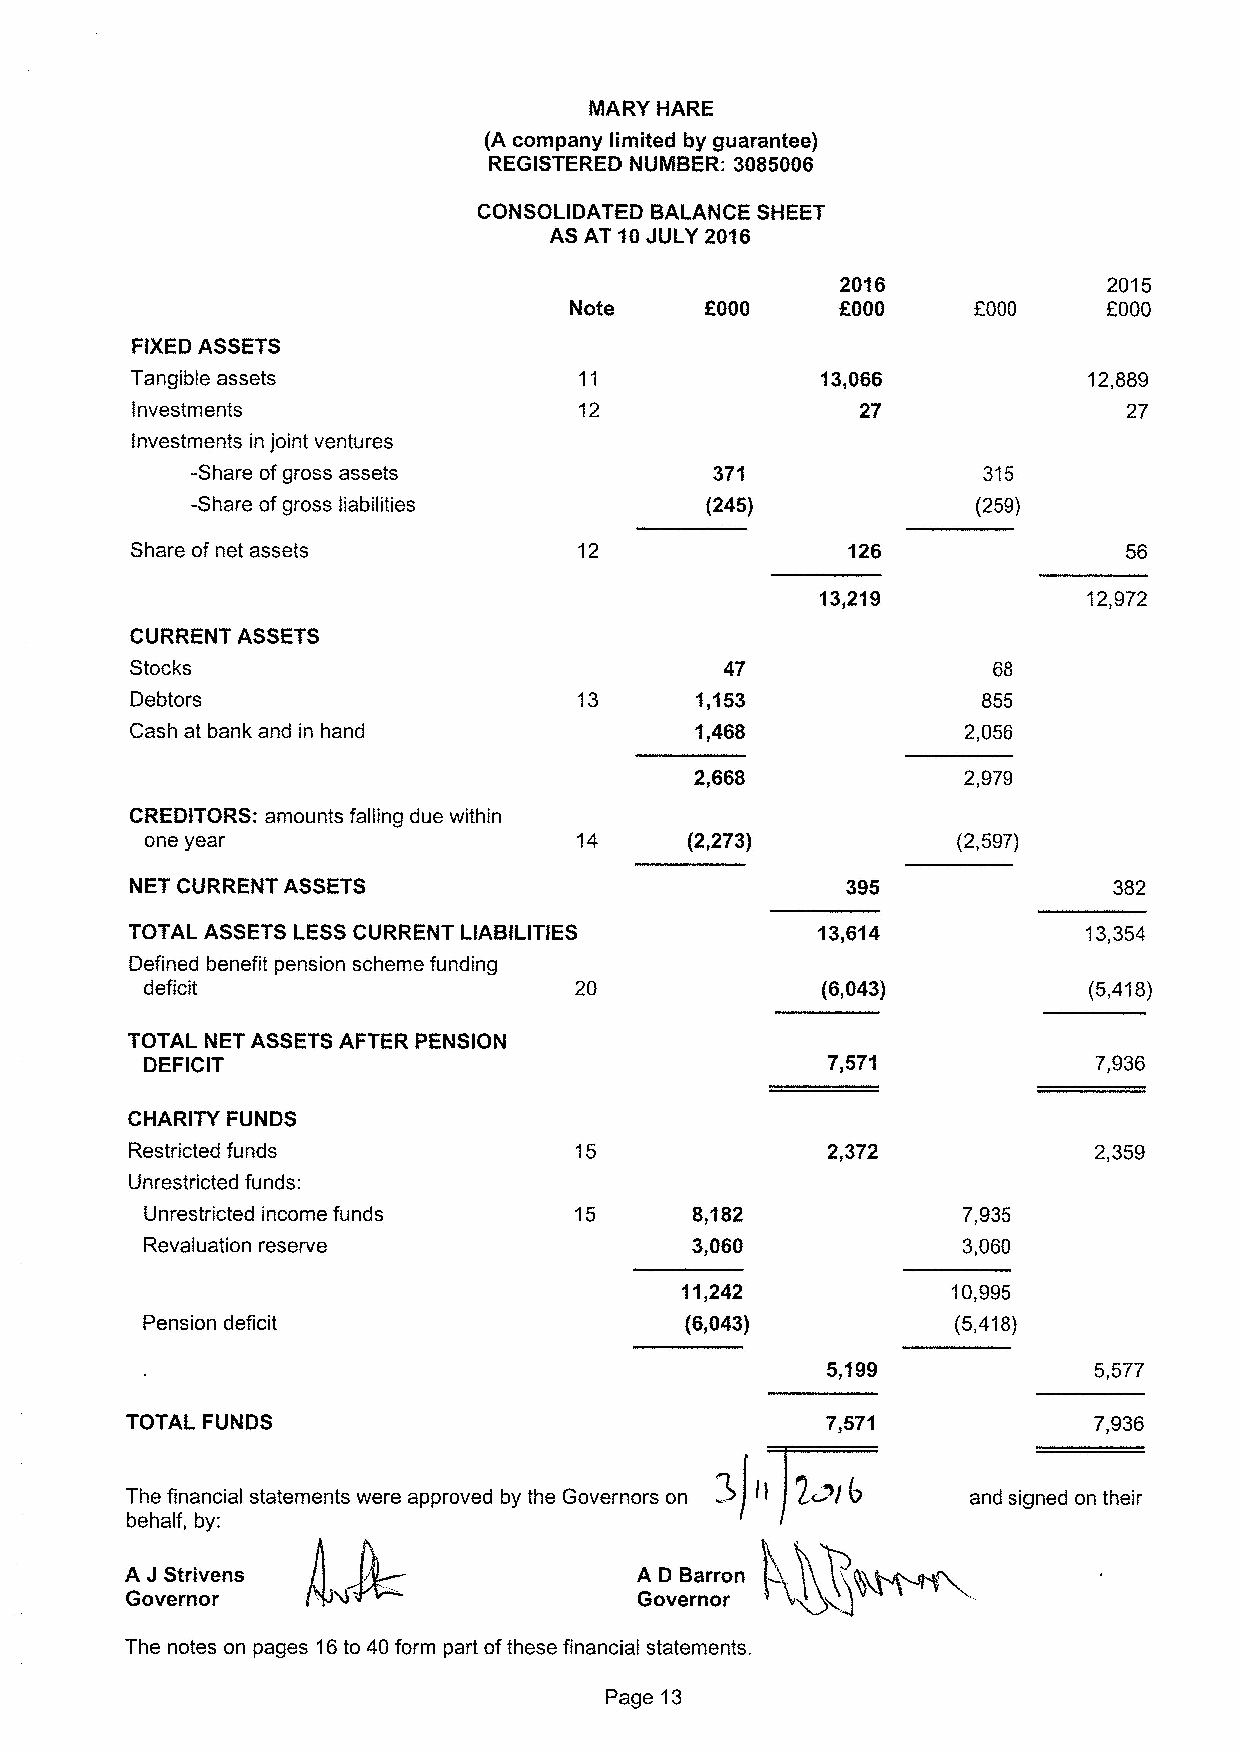
MARY HARE
 (A company limited by guarantee)
 REGISTERED NUMBER: 3085006
 CONSOLIDATED BALANCE SHEET
 AS AT 10JULY 2016
 2016             2015
 Note     f000     f000    EOOQ     f000
 FIXEDASSETS
 Tangible assets              11              13,066            12,889
 Investments                  12                 27                27
 Investments in joint ventures
 -Share ofgross assets             371               315
 -Share ofgross liabilities        (245)             (259)
 Share of net assets          12                126                56
 13,219            12,9?2
 CURRENT ASSETS
 Stocks                                 47                68
 Debtors                              1,153              855
 Cash at bank and in hand             1,468             2,056
 2,668             2,979
 CREDITORS: amounts falling due within
 one year                           (2,2?3)           (2,597)
 NET CURRENT ASSETS                             395               382
 TOTAL ASSETS LESSCURRENT LIABILITIES         13,614            13,354
 Defined benefit pension scheme funding
 deficit                     20              (6,043)           (5,418)
 TOTAL NET ASSETSAFTER PENSION
 DEFICIT                                      7,571            7,936
 CHARITY FUNDS
 Restricted funds                              2,372            2,359
 Unrestricted funds:
 Unrestricted income funds   15      8,182             7,935
 Revaluation reserve                 3,060             3,06Q
 11,242            10,995
 Pension deficit                     (6,043)           (5,418)
 5,199            5,5?7
 TOTAL FUNDS                                    7,571            7,936
 ~
 The financial statements were approved by the Governors on II 7~~14 and signed on their
 behalf, by:
 A J Strivens                      A D Barron
 Governor                          Governor
 The notes on pages 16to 40form part ofthese financial statements.
 Page 13